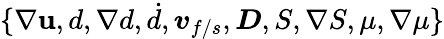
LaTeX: \{ \nabla\boldsymbol{\mathbf{u}},d,\nabla{d},\dot{{d}},\boldsymbol{v}_{f/s},\boldsymbol{D},S,\nabla{S},\mu,\nabla\mu\}